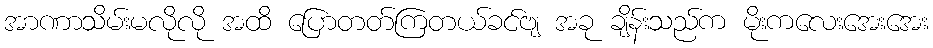
အာဏာသိမ်းမလိုလို အထိ ပြောတတ်ကြတယ်ခင်ဗျ အခု ချိန်းသည်က မိုးကလေးအေးအေး